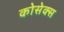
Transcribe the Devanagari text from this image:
कोसेक्स